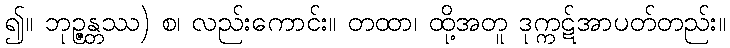
၍။ ဘုဉ္ဇန္တဿ) စ၊ လည်းကောင်း။ တထာ၊ ထို့အတူ ဒုက္ကဋ်အာပတ်တည်း။